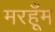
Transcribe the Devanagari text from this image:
मरहूँम